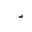
Letter: _dal